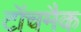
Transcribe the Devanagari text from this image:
टॉचमैक